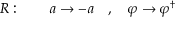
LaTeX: R : \qquad a \rightarrow - a \quad , \quad \varphi \rightarrow \varphi ^ { \dagger }